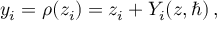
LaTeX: y _ { i } = \rho ( z _ { i } ) = z _ { i } + Y _ { i } ( z , \hbar ) \, ,